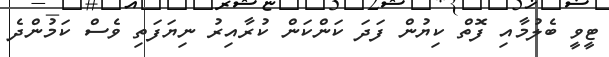
ޓީވީ ބެލުމާއި ފޮތް ކިޔުން ފަދަ ކަންކަން ކުރާއިރު ނިޔަފަތި ވެސް ކަމުންދެ